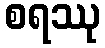
စရဿု